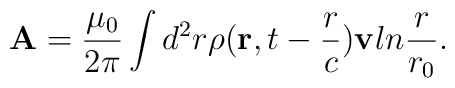
{\bf A}={{\mu_0}\over{2\pi}}\int d^2r\rho({\bf r},t-{r\over c}){\bf v} ln{r\over{r_0}}.